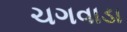
ચગવાડા